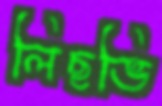
লিছভি